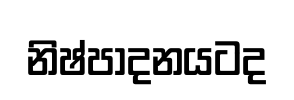
නිෂ්පාදනයටද